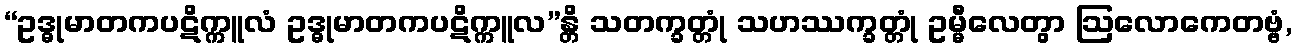
“ဥဒ္ဓုမာတကပဋိက္ကူလံ ဥဒ္ဓုမာတကပဋိက္ကူလ”န္တိ သတက္ခတ္တုံ သဟဿက္ခတ္တုံ ဥမ္မီလေတွာ ဩလောကေတဗ္ဗံ,